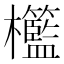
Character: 𣡓